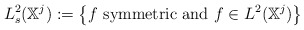
\begin{align*}L^2_s(\mathbb X^j) := \left\{f \textrm{ symmetric and } f \in L^2(\mathbb X^j) \right\}\end{align*}